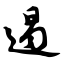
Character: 遏